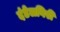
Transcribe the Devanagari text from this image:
दंडेलगिरी